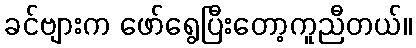
ခင်ဗျားက ဖော်ရွေပြီးတော့ကူညီတယ်။